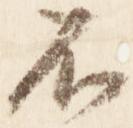
不